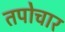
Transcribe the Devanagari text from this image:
तपोचार